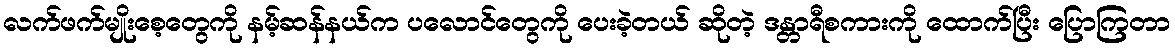
လက်ဖက်မျိုးစေ့တွေကို နမ့်ဆန်နယ်က ပလောင်တွေကို ပေးခဲ့တယ် ဆိုတဲ့ ဒန္တာရီစကားကို ထောက်ပြီး ပြောကြတာ